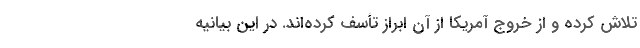
تلاش کرده و از خروج آمریکا از آن ابراز تأسف کرده‌اند. در این بیانیه